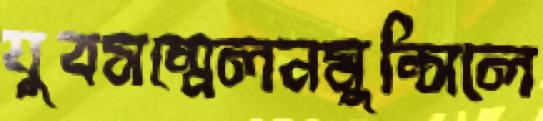
যুবসম্মেলনমুন্সিলে